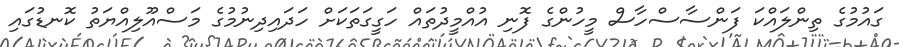
ގައުމުގެ ތިންލައްކަ ފަންސާސްހާސް މީހުންގެ ފޮނި އުއްމީދުތައް ހަގީގަތަކަށް ހަދައިދިނުމުގެ މަސްއޫލިއްޔަތު ކޮނޑުގައި